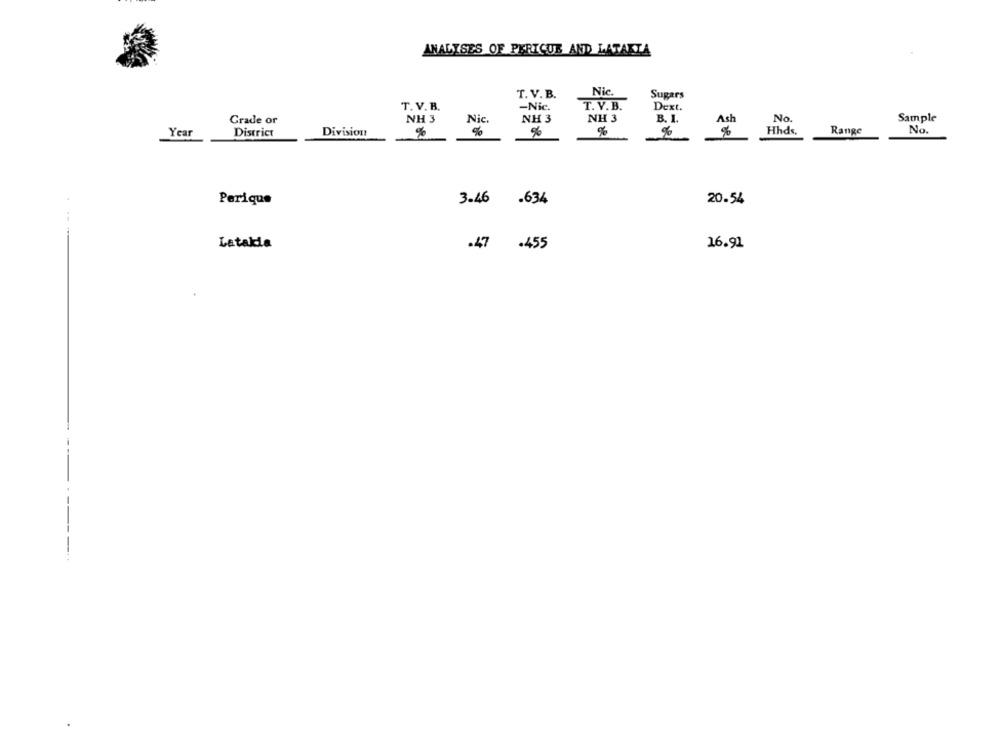
ANALYSES OF PERICUE AND LATAKTA
Nic.
T. V. B.
Sugars
T. V. B.
T. V.B.
Dext.
-Nic.
Grade or
NH 3
Nic.
NH 3
NH 3
B. I.
No.
Sample
Ash
Year
District
Division
%
%
%
Hhds.
Range
No.
Perique
3.46 .634
20.54
Latakia
.47 .455
16.91